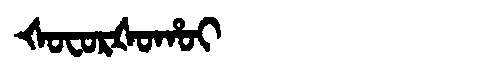
Manchu: ᡧᠣᠸᠣᡵᡧᠣᡥᠣᡳ
Romanization: ŠOFORŠOHOI